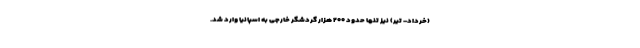
(خرداد- تیر) نیز تنها حدود ۲۰۰ هزار گردشگر خارجی به اسپانیا وارد شد.